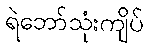
ရဲဘော်သုံးကျိပ်